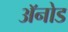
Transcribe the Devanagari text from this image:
अॅनोड